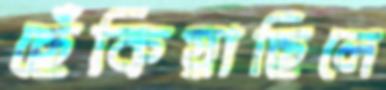
ছেঁকিয়াছিলে